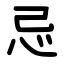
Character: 忌